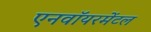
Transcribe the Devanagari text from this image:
एनवॉयरमेंटल